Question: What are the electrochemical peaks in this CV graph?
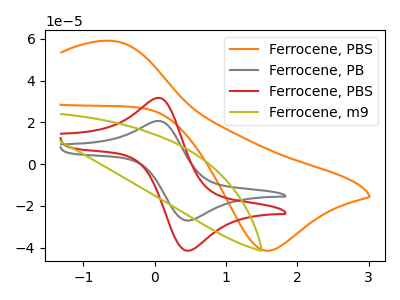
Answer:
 <answer>The orange curve "Ferrocene, PBS" has an anodic peak at (-0.60V, 59.00uA) and a cathodic peak at (1.55V, -41.45uA). The gray curve "Ferrocene, PB" has an anodic peak at (0.10V, 20.60uA) and a cathodic peak at (0.45V, -27.05uA). The red curve "Ferrocene, PBS" has an anodic peak at (0.10V, 31.60uA) and a cathodic peak at (0.45V, -41.50uA). The olive curve "Ferrocene, m9" has no peaks.</answer>
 <eval></eval>